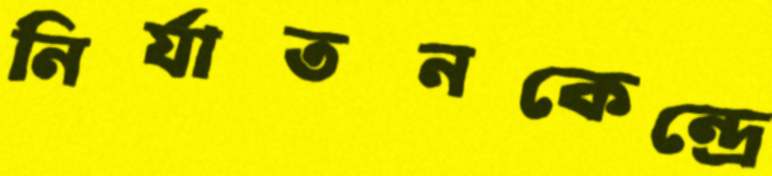
নির্যাতনকেন্দ্রে